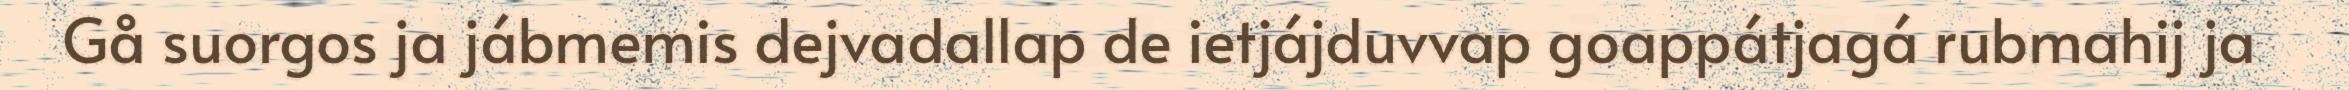
Gå suorgos ja jábmemis dejvadallap de ietjájduvvap goappátjagá rubmahij ja